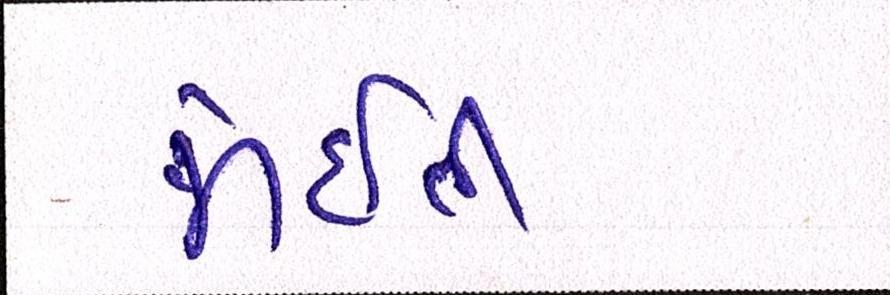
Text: જોઈતી